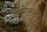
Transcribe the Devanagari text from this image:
रंगूमीसाठी